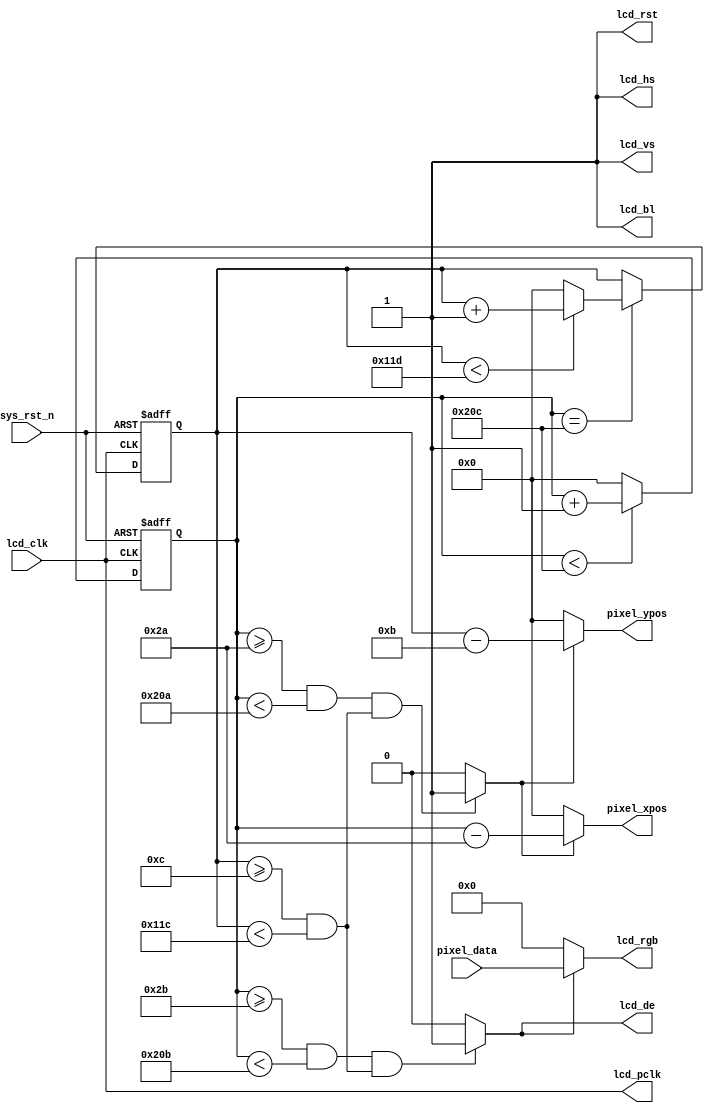
module lcd_driver(
    input           lcd_clk,            //lcd
    input           sys_rst_n,          //

    output          lcd_hs,             //LCD
    output          lcd_vs,             //LCD
    output          lcd_de,             //LCD
    output  [15:0]  lcd_rgb,            //LCD RGB565
    output          lcd_bl,             //LCD
    output          lcd_rst,            //LCD
    output          lcd_pclk,           //LCD

    input   [15:0]  pixel_data,         //
    output  [10:0]  pixel_xpos,         //
    output  [10:0]  pixel_ypos          //
);

parameter H_SYNC    = 11'd41;           //
parameter H_BACK    = 11'd2;            //
parameter H_DISP    = 11'd480;          //
parameter H_FRONT   = 11'd2;            //
parameter H_TOTAL   = 11'd525;          //

parameter V_SYNC    = 11'd10;           //
parameter V_BACK    = 11'd2;            //
parameter V_DISP    = 11'd272;          //
parameter V_FRONT   = 11'd2;            //
parameter V_TOTAL   = 11'd286;          //

reg [10:0]  cnt_h;
reg [10:0]  cnt_v;

wire lcd_en;
wire data_req;

assign lcd_bl   = 1'b1;                 //RGB LCD
assign lcd_rst  = 1'b1;                 //RGB LCD
assign lcd_pclk = lcd_clk;              //RGB LCD

assign lcd_de   = lcd_en;               //LCD
assign lcd_hs   = 1'b1;                 //RGB LCD
assign lcd_vs   = 1'b1;                 //

//RGB565
assign lcd_en = (((cnt_h>=H_SYNC+H_BACK)&&(cnt_h<H_SYNC+H_BACK+H_DISP))
               &&((cnt_v>=V_SYNC+V_BACK)&&(cnt_v<V_SYNC+V_BACK+V_DISP)))
               ? 1'b1 : 1'b0;

//RGB565
assign lcd_rgb = lcd_en ? pixel_data : 16'd0;

//
assign data_req = (((cnt_h>=H_SYNC+H_BACK-1'b1)&&(cnt_h<H_SYNC+H_BACK+H_DISP-1'b1))
                    &&((cnt_v>=V_SYNC+V_BACK)&&(cnt_v<V_SYNC+V_BACK+V_DISP)))
                    ? 1'b1 : 1'b0;

//
assign pixel_xpos = data_req ? (cnt_h - (H_SYNC + H_BACK - 1'b1)) : 11'd0;
assign pixel_ypos = data_req ? (cnt_v - (V_SYNC + V_BACK - 1'b1)) : 11'd0;

//
always @(posedge lcd_clk or negedge sys_rst_n) begin
    if(!sys_rst_n)
        cnt_h <= 11'd0;
    else begin
        if(cnt_h<H_TOTAL-1'b1)
            cnt_h <= cnt_h + 1'b1;
        else
            cnt_h <= 11'd0;
    end
end

//
always @(posedge lcd_clk or negedge sys_rst_n) begin
    if(!sys_rst_n)
        cnt_v <= 11'd0;
    else if(cnt_h==H_TOTAL-1'b1) begin
        if(cnt_v<V_TOTAL-1'b1)
            cnt_v <= cnt_v + 1'b1;
        else
            cnt_v <= 11'd0;
    end
end

endmodule